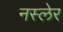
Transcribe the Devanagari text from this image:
नस्लेर